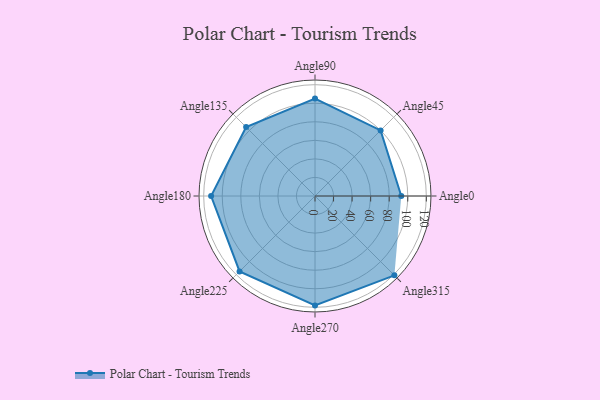
{"axis": {"x": "Angle", "y": "Radius"}, "legend": [""], "data": [{"x": "Angle0", "y": 93.0, "type": ""}, {"x": "Angle45", "y": 100.0, "type": ""}, {"x": "Angle90", "y": 105.0, "type": ""}, {"x": "Angle135", "y": 105.0, "type": ""}, {"x": "Angle180", "y": 112.0, "type": ""}, {"x": "Angle225", "y": 115.0, "type": ""}, {"x": "Angle270", "y": 118.0, "type": ""}, {"x": "Angle315", "y": 121.0, "type": ""}]}